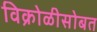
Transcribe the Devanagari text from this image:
विक्रोळीसोबत